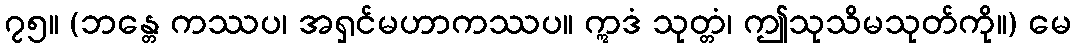
၇၅။ (ဘန္တေ ကဿပ၊ အရှင်မဟာကဿပ။ ဣဒံ သုတ္တံ၊ ဤသုသိမသုတ်ကို။) မေ